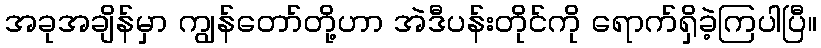
အခုအချိန်မှာ ကျွန်တော်တို့ဟာ အဲဒီပန်းတိုင်ကို ရောက်ရှိခဲ့ကြပါပြီ။